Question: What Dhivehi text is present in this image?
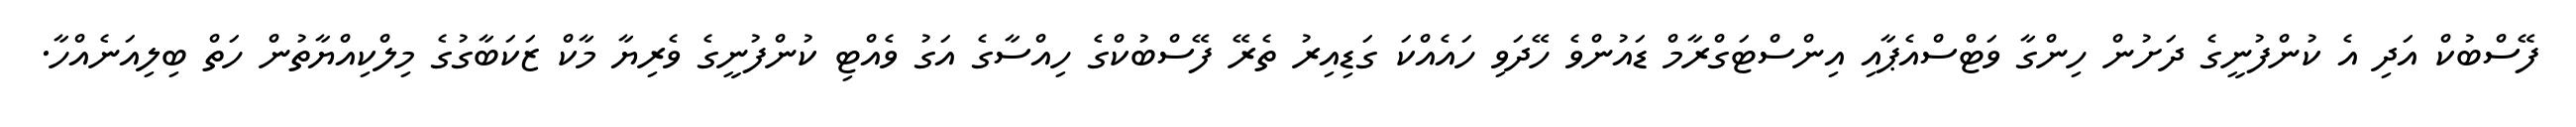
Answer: ފޭސްބުކް އަދި އެ ކުންފުނީގެ ދަށުން ހިންގާ ވަޓްސްއެޕާއި އިންސްޓަގްރާމް ޑައުންވެ ހޭދަވި ހައެއްކަ ގަޑިއިރު ތެރޭ ފޭސްބުކްގެ ހިއްސާގެ އަގު ވެއްޓި ކުންފުނީގެ ވެރިޔާ މާކް ޒަކަބާގުގެ މިލްކިއްޔާތުން ހަތް ބިލިއަނެއްހާ.